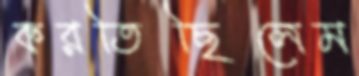
করতিছিলেম